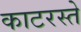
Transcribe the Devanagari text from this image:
काटरस्ते